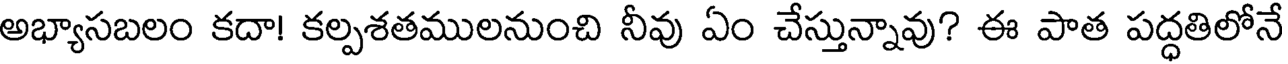
అభ్యాసబలం కదా! కల్పశతములనుంచి నీవు ఏం చేస్తున్నావు? ఈ పాత పద్ధతిలోనే